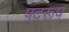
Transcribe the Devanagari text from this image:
पदरूप